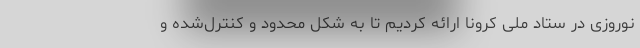
نوروزی در ستاد ملی کرونا ارائه کردیم تا به شکل محدود و کنترل‌شده و